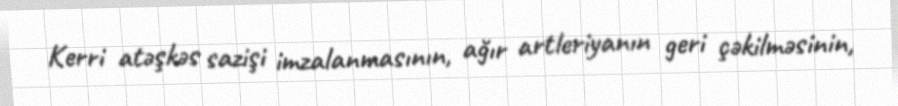
Kerri atəşkəs sazişi imzalanmasının, ağır artleriyanın geri çəkilməsinin,